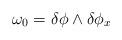
LaTeX: \begin{align*}\omega_0 = \delta \phi \wedge \delta \phi_x\end{align*}